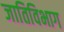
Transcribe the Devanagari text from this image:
जातिविभाग